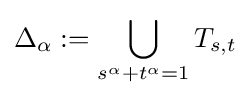
\Delta _{\alpha }:=\bigcup _{s^{\alpha }+t^{\alpha }=1}T_{s,t}